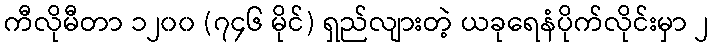
ကီလိုမီတာ ၁၂၀၀ (၇၄၆ မိုင်) ရှည်လျားတဲ့ ယခုရေနံပိုက်လိုင်းမှာ ၂